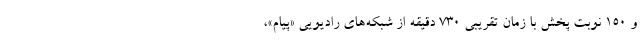
و ۱۵۰ نوبت پخش با زمان تقريبي ۷۳۰ دقيقه از شبكه‌هاي راديويي «پيام»،